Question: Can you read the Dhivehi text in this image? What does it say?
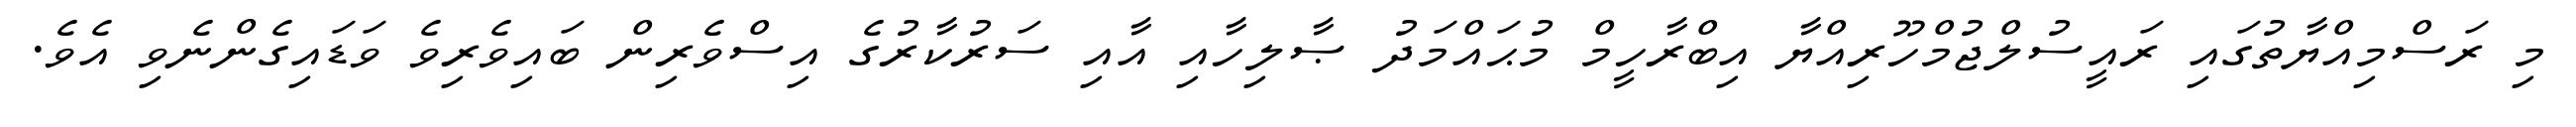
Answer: މި ރަސްމިއްޔާތުގައި ރައީސުލްޖުމްހޫރިއްޔާ އިބްރާހީމް މުޙައްމަދު ޞާލިހާއި އާއި ސަރުކާރުގެ އިސްވެރިން ބައިވެރިވެ ވަޑައިގެންނެވި އެވެ.